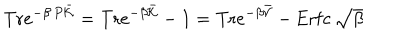
\mathrm { T r } e ^ { - \beta \, P \bar { { \cal K } } } = \mathrm { T r } e ^ { - \beta \bar { { \cal K } } } - 1 = \mathrm { T r } e ^ { - \beta \bar { { \cal V } } } - \mathrm { E r f c } \, \sqrt { \beta }